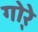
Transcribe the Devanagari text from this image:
गो्रे